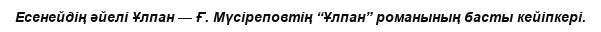
Есенейдің әйелі Ұлпан — Ғ. Мүсіреповтің “Ұлпан” романының басты кейіпкері.